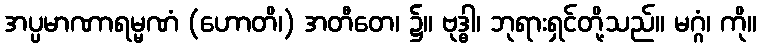
အပ္ပမာဏာရမ္မဏံ (ဟောတိ၊) အတီတေ၊ ၌။ ဗုဒ္ဓါ၊ ဘုရားရှင်တို့သည်။ မဂ္ဂံ၊ ကို။